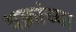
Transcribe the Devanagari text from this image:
वक्रांच्या